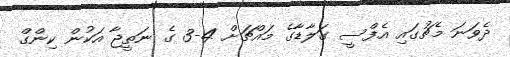
ދެވަނަ މެޗުގައި އެފްސީ ގަލާޑާގެ މައްޗަށް 4-3 ގެ ނަތީޖާ އަކުން ކިންގް